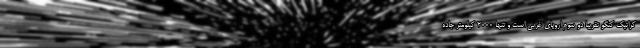
کراتیک کنگو تقریبا دو سوم اروپای غربی است و تنها 2000 کیلومتر جاده